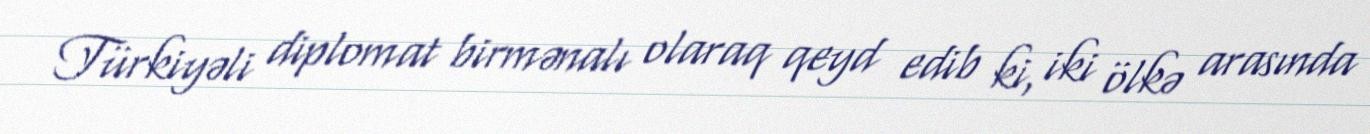
Türkiyəli diplomat birmənalı olaraq qeyd edib ki, iki ölkə arasında